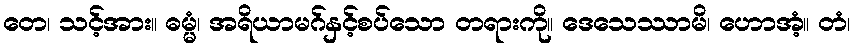
တေ၊ သင့်အား။ ဓမ္မံ၊ အရိယာမဂ်နှင့်စပ်သော တရားကို။ ဒေသေဿာမိ၊ ဟောအံ့။ တံ၊